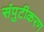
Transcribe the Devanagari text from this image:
संपुटीकरण